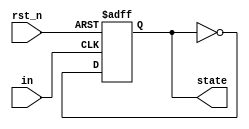
module FSM_mode(in, rst_n, state);
    input in;
    input rst_n;
    output reg state;
  
    always@(posedge in or negedge rst_n) 
        if (~rst_n) state <= 1'b0;
        else state <= ~state;
    
endmodule